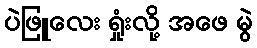
ပဲဖြူလေး ရှုံးလို့ အဖေ မွဲ